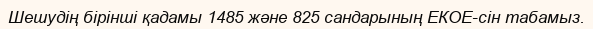
Шешудің бірінші қадамы 1485 және 825 сандарының ЕКОЕ-сін табамыз.